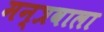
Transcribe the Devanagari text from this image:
मन्त्रवाला